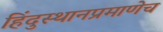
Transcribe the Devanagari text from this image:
हिंदुस्थानप्रमाणेच